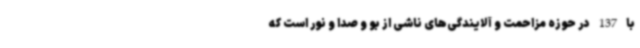
با 137 در حوزه مزاحمت و آلایندگی‌های ناشی از بو و صدا و نور است که